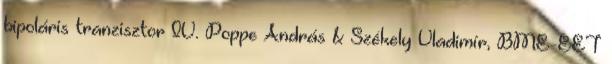
bipoláris tranzisztor IV. Poppe András & Székely Vladimír, BME-EET